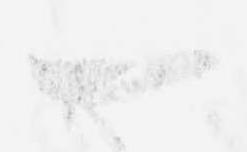
一